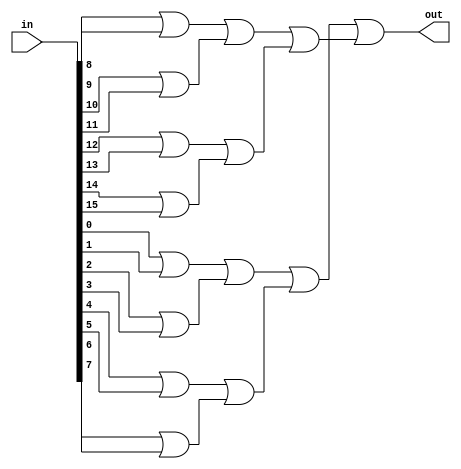
module Or16Way16(out, in);
    input [15:0] in;
    output out;
    wire w1, w2, w3, w4, w5, w6, w7, w8, w9, w10, w11, w12, w13, w14;

    or or0(w1, in[0], in[1]);
    or or1(w2, in[2], in[3]);
    or or2(w3, in[4], in[5]);
    or or3(w4, in[6], in[7]);
    or or4(w5, in[8], in[9]);
    or or5(w6, in[10], in[11]);
    or or6(w7, in[12], in[13]);
    or or7(w8, in[14], in[15]);

    or or8(w9, w1, w2);
    or or9(w10, w3, w4);
    or or10(w11, w5, w6);
    or or11(w12, w7, w8);

    or or12(w13, w9, w10);
    or or13(w14, w11, w12);

    or or14(out, w13, w14);

    // Descrio de conexes internas do mdulo

endmodule